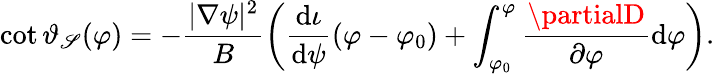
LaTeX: \cot\vartheta_{\mathscr{S}}(\varphi)=-\frac{{|\nabla\psi|^{2}}}{{B}}\left(\frac{{\mathrm{{d}}\iota}}{{\mathrm{{d}}\psi}}(\varphi-\varphi_{0})+\int_{\varphi_{0}}^{\varphi}\frac{{\partialD}}{{\partial\varphi}}\mathrm{{d}}\varphi\right).